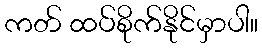
ကတ် ထပ်စိုက်နိုင်မှာပါ။